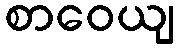
စာဝေယျ